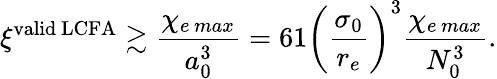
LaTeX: \xi^{{\mathrm{valid\ LCFA}}}\gtrsim\frac{\chi_{e\, max}}{a_{0}^{3}}=61\left(\frac{\sigma_{0}}{r_{e}}\right)^{3}\frac{\chi_{e\, max}}{N_{0}^{3}}.